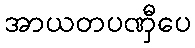
အာယတပဏှီပေ